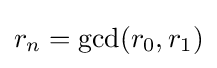
r_{n}=\gcd(r_{0},r_{1})